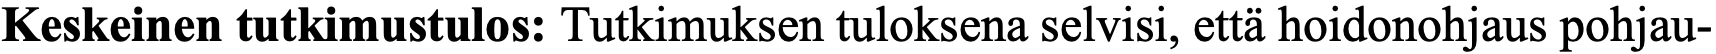
Keskeinen tutkimustulos: Tutkimuksen tuloksena selvisi, että hoidonohjaus pohjau-